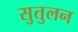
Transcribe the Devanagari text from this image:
सुतुलन